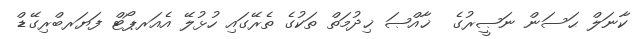
ކާނަލް ޙަސަން ނަޞީރުގެ  ޚާއްޞަ ޚިދުމަތް ތަކުގެ ތެރޭގައި ހުޅުލޭ އެއަރޕޯޓް ފަޔަރބްރިގޭޑް